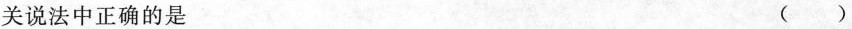
关说法中正确的是 ( )